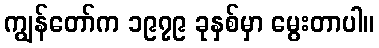
ကျွန်တော်က ၁၉၇၉ ခုနှစ်မှာ မွေးတာပါ။